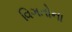
વિગતોના